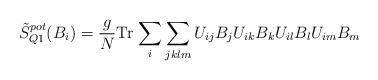
\begin{align*}\tilde{S}_{Q1}^{pot} (B_i ) = \frac{g}{N} \mbox{Tr} \, \sum_{i} \sum_{jklm}U_{ij} B_j U_{ik} B_k U_{il} B_l U_{im} B_m\end{align*}